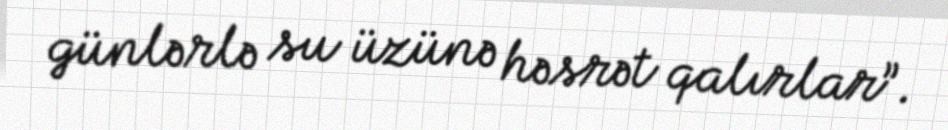
günlərlə su üzünə həsrət qalırlar”.